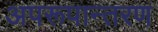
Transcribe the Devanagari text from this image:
अपरूपान्तरण